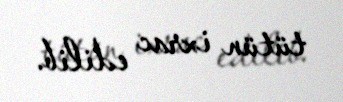
tütün ixrac edilib.